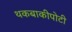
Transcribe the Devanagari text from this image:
थकबाकीपोटी